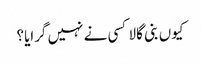
کیوں بنی گالا کسی نے نہیں گرایا؟